Vaccination report Assam 1874-1896 - 1874-1896
Year: 1874
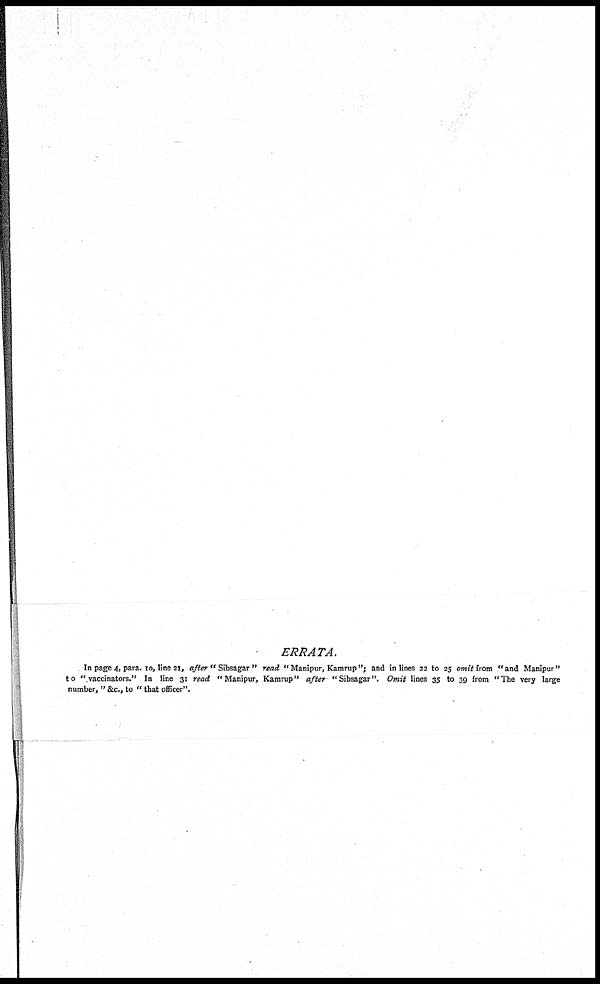
ERRATA.
In page 4, para. 10, line 21, after " Sibsagar " read "Manipur, Kamrup"; and in lines 22 to 25 omit from "and Manipur"
to "vaccinators." In line 31 read "Manipur, Kamrup" after "Sibsagar". Omit lines 35 to 39 from "The very large
number, " &c., to " that officer".